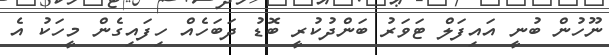
ނޫހުން ބުނީ އައިފަލް ޓަވަރު ބަންދުކުރީ ބޮޑު ދަބަހެއް ހިފައިގެން މީހަކު އެ